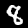
Digit: 8